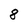
Character: 8